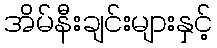
အိမ်နီးချင်းများနှင့်